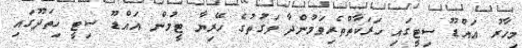
މިހާރު އައްޑޫ ސިޓީގައި ހަރަކާތްތެރިވަމުންދާ ވަގުތުގެ ހޭރިޔާ ޓީމުން އައްޑޫ ސިޓީ ހިތަދޫގައި